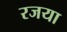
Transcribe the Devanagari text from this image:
रजया